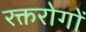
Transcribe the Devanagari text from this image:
रक्तरोगों